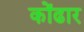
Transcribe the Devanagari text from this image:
कोंढार